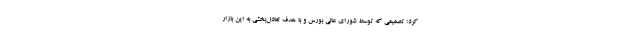
کرد؛ تصمیمی که توسط شورای عالی بورس و با هدف تعادل‌بخشی به این بازار